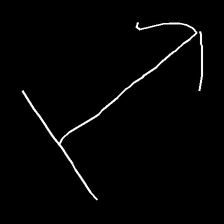
Glyph: levitation